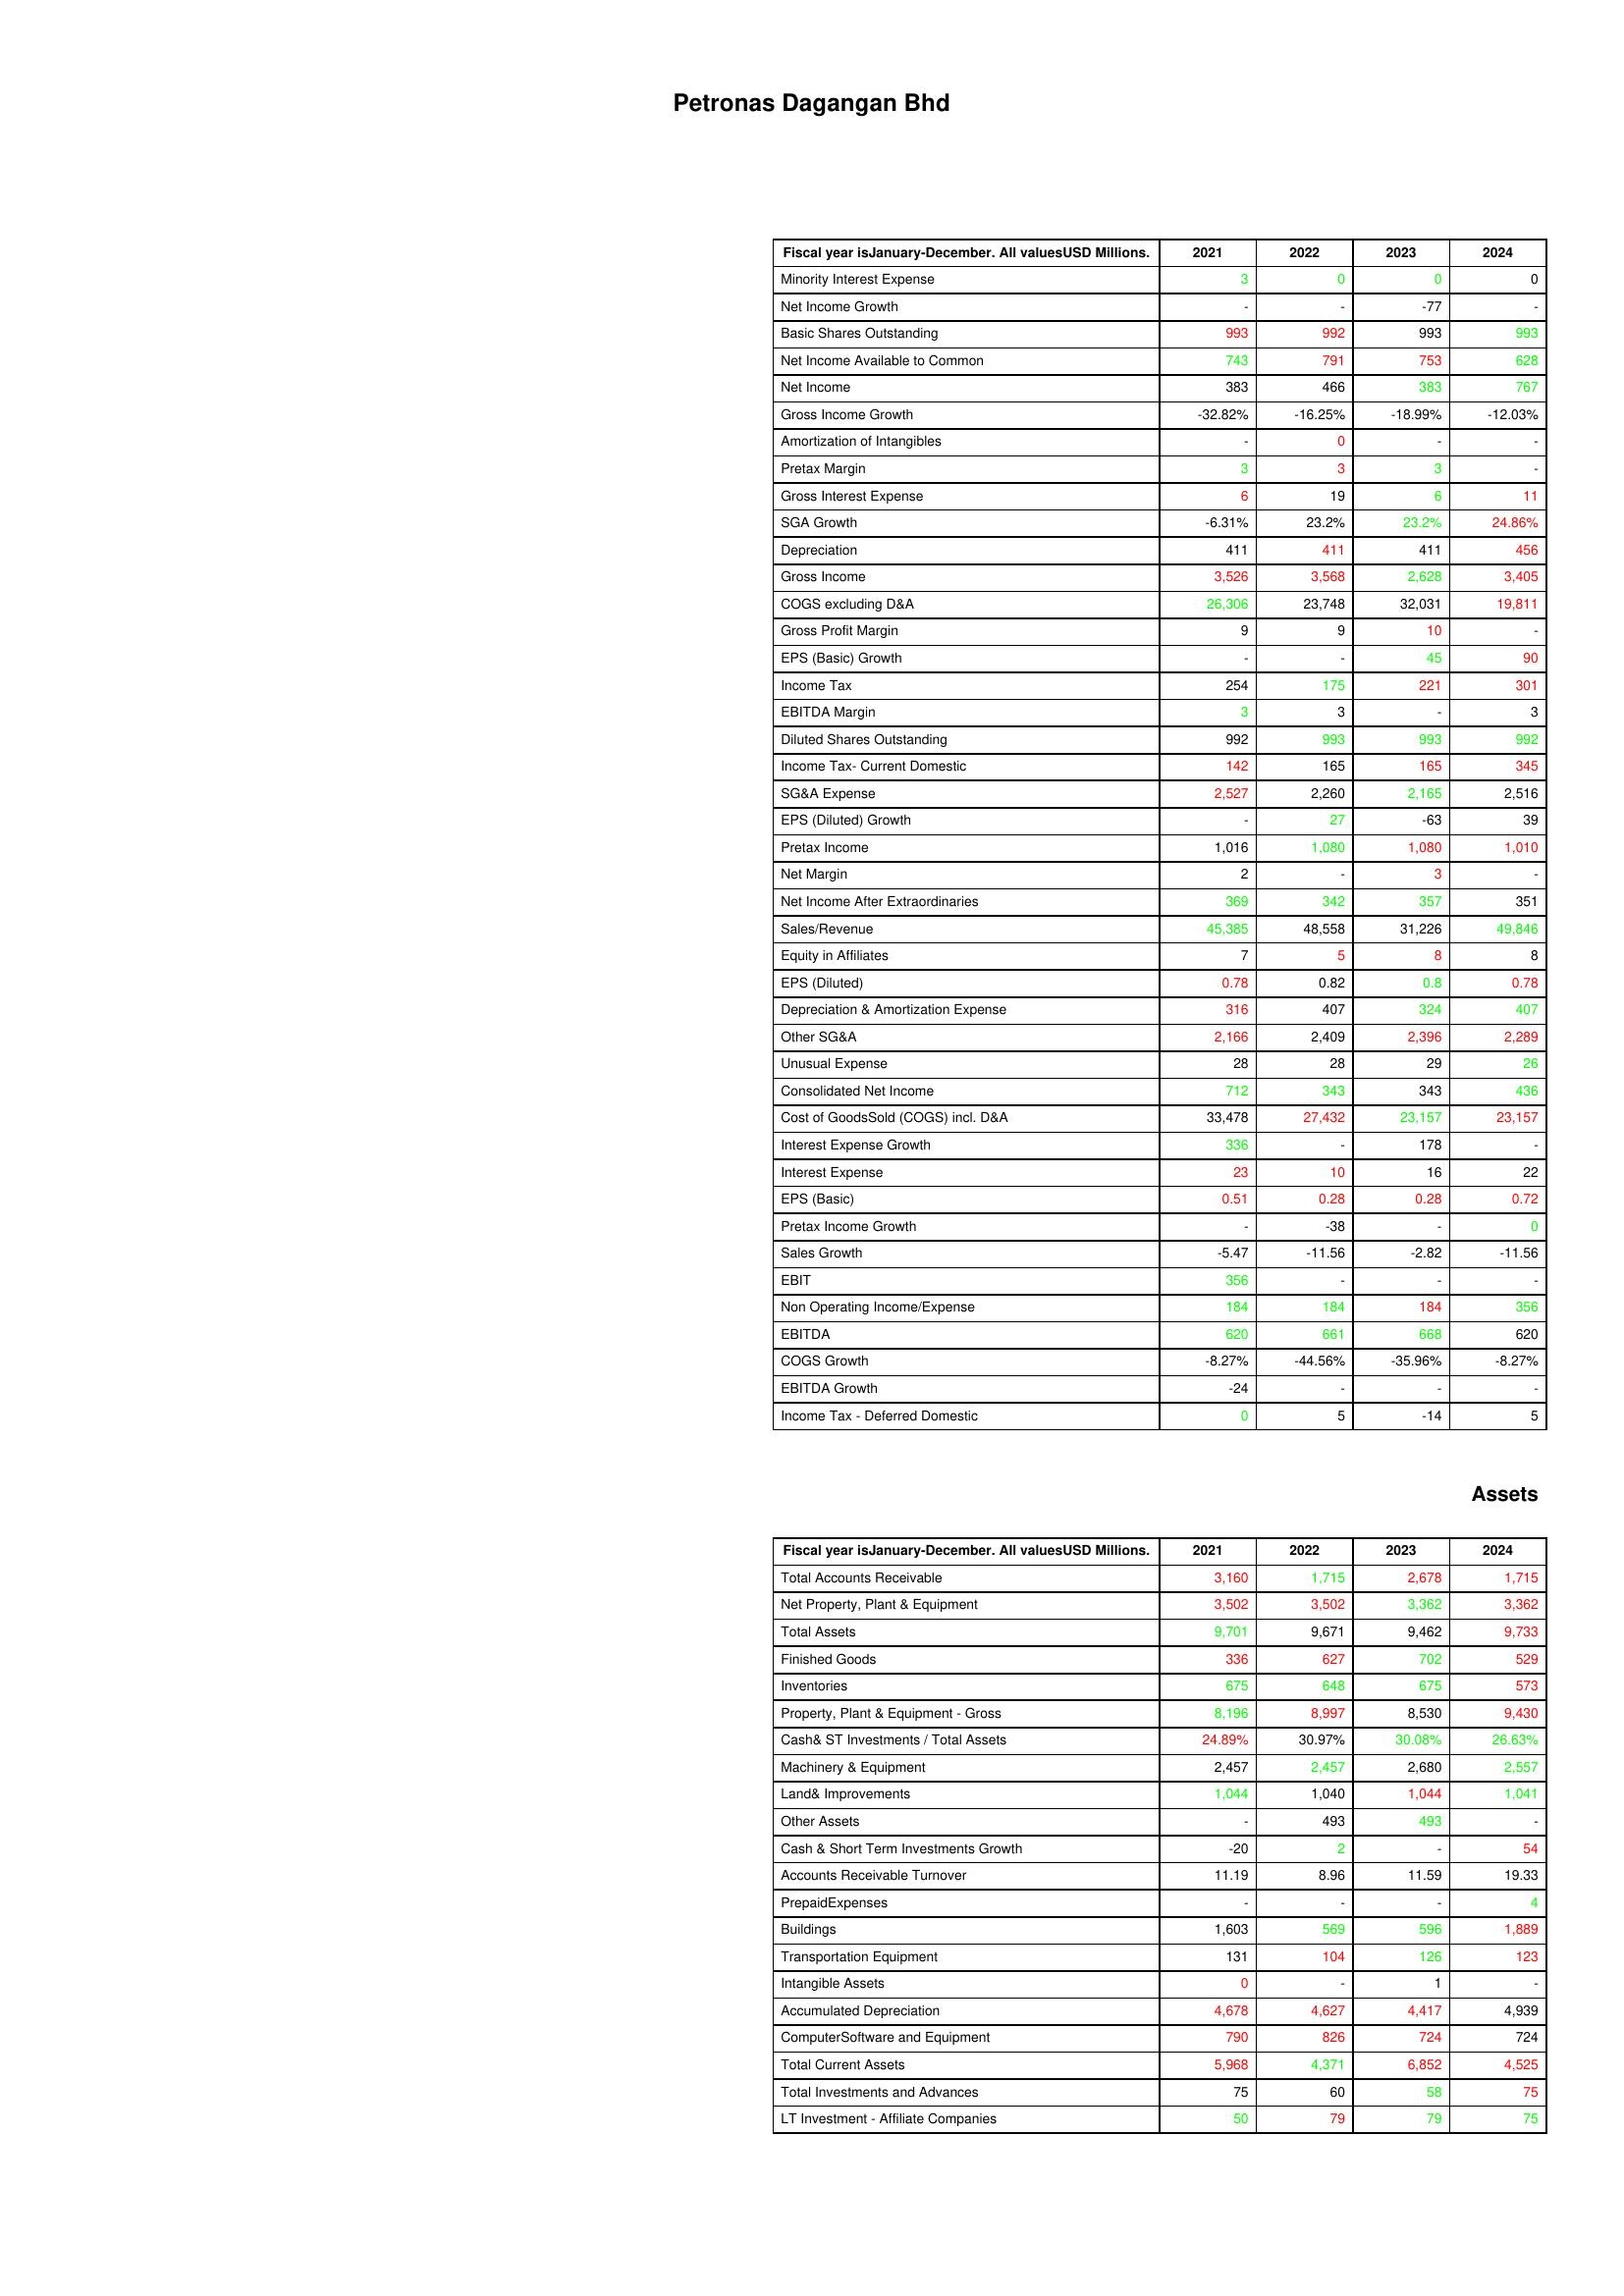
gt_parse: 2021: : Minority Interest Expense: 3
Net Income Growth: -
Basic Shares Outstanding: 993
Net Income Available to Common: 743
Net Income: 383
Gross Income Growth: -32.82%
Amortization of Intangibles: -
Pretax Margin: 3
Gross Interest Expense: 6
SGA Growth: -6.31%
Depreciation: 411
Gross Income: 3,526
COGS excluding D&A: 26,306
Gross Profit Margin: 9
EPS (Basic) Growth: -
Income Tax: 254
EBITDA Margin: 3
Diluted Shares Outstanding: 992
Income Tax- Current Domestic: 142
SG&A Expense: 2,527
EPS (Diluted) Growth: -
Pretax Income: 1,016
Net Margin: 2
Net Income After Extraordinaries: 369
Sales/Revenue: 45,385
Equity in Affiliates: 7
EPS (Diluted): 0.78
Depreciation & Amortization Expense: 316
Other SG&A: 2,166
Unusual Expense: 28
Consolidated Net Income: 712
Cost of GoodsSold (COGS) incl. D&A: 33,478
Interest Expense Growth: 336
Interest Expense: 23
EPS (Basic): 0.51
Pretax Income Growth: -
Sales Growth: -5.47
EBIT: 356
Non Operating Income/Expense: 184
EBITDA: 620
COGS Growth: -8.27%
EBITDA Growth: -24
Income Tax - Deferred Domestic: 0
Assets: Total Accounts Receivable: 3,160
Net Property, Plant & Equipment: 3,502
Total Assets: 9,701
Finished Goods: 336
Inventories: 675
Property, Plant & Equipment - Gross : 8,196
Cash& ST Investments / Total Assets: 24.89%
Machinery & Equipment: 2,457
Land& Improvements: 1,044
Other Assets: -
Cash & Short Term Investments Growth: -20
Accounts Receivable Turnover: 11.19
PrepaidExpenses: -
Buildings: 1,603
Transportation Equipment: 131
Intangible Assets: 0
Accumulated Depreciation: 4,678
ComputerSoftware and Equipment: 790
Total Current Assets: 5,968
Total Investments and Advances: 75
LT Investment - Affiliate Companies: 50
2022: : Minority Interest Expense: 0
Net Income Growth: -
Basic Shares Outstanding: 992
Net Income Available to Common: 791
Net Income: 466
Gross Income Growth: -16.25%
Amortization of Intangibles: 0
Pretax Margin: 3
Gross Interest Expense: 19
SGA Growth: 23.2%
Depreciation: 411
Gross Income: 3,568
COGS excluding D&A: 23,748
Gross Profit Margin: 9
EPS (Basic) Growth: -
Income Tax: 175
EBITDA Margin: 3
Diluted Shares Outstanding: 993
Income Tax- Current Domestic: 165
SG&A Expense: 2,260
EPS (Diluted) Growth: 27
Pretax Income: 1,080
Net Margin: -
Net Income After Extraordinaries: 342
Sales/Revenue: 48,558
Equity in Affiliates: 5
EPS (Diluted): 0.82
Depreciation & Amortization Expense: 407
Other SG&A: 2,409
Unusual Expense: 28
Consolidated Net Income: 343
Cost of GoodsSold (COGS) incl. D&A: 27,432
Interest Expense Growth: -
Interest Expense: 10
EPS (Basic): 0.28
Pretax Income Growth: -38
Sales Growth: -11.56
EBIT: -
Non Operating Income/Expense: 184
EBITDA: 661
COGS Growth: -44.56%
EBITDA Growth: -
Income Tax - Deferred Domestic: 5
Assets: Total Accounts Receivable: 1,715
Net Property, Plant & Equipment: 3,502
Total Assets: 9,671
Finished Goods: 627
Inventories: 648
Property, Plant & Equipment - Gross : 8,997
Cash& ST Investments / Total Assets: 30.97%
Machinery & Equipment: 2,457
Land& Improvements: 1,040
Other Assets: 493
Cash & Short Term Investments Growth: 2
Accounts Receivable Turnover: 8.96
PrepaidExpenses: -
Buildings: 569
Transportation Equipment: 104
Intangible Assets: -
Accumulated Depreciation: 4,627
ComputerSoftware and Equipment: 826
Total Current Assets: 4,371
Total Investments and Advances: 60
LT Investment - Affiliate Companies: 79
2023: : Minority Interest Expense: 0
Net Income Growth: -77
Basic Shares Outstanding: 993
Net Income Available to Common: 753
Net Income: 383
Gross Income Growth: -18.99%
Amortization of Intangibles: -
Pretax Margin: 3
Gross Interest Expense: 6
SGA Growth: 23.2%
Depreciation: 411
Gross Income: 2,628
COGS excluding D&A: 32,031
Gross Profit Margin: 10
EPS (Basic) Growth: 45
Income Tax: 221
EBITDA Margin: -
Diluted Shares Outstanding: 993
Income Tax- Current Domestic: 165
SG&A Expense: 2,165
EPS (Diluted) Growth: -63
Pretax Income: 1,080
Net Margin: 3
Net Income After Extraordinaries: 357
Sales/Revenue: 31,226
Equity in Affiliates: 8
EPS (Diluted): 0.8
Depreciation & Amortization Expense: 324
Other SG&A: 2,396
Unusual Expense: 29
Consolidated Net Income: 343
Cost of GoodsSold (COGS) incl. D&A: 23,157
Interest Expense Growth: 178
Interest Expense: 16
EPS (Basic): 0.28
Pretax Income Growth: -
Sales Growth: -2.82
EBIT: -
Non Operating Income/Expense: 184
EBITDA: 668
COGS Growth: -35.96%
EBITDA Growth: -
Income Tax - Deferred Domestic: -14
Assets: Total Accounts Receivable: 2,678
Net Property, Plant & Equipment: 3,362
Total Assets: 9,462
Finished Goods: 702
Inventories: 675
Property, Plant & Equipment - Gross : 8,530
Cash& ST Investments / Total Assets: 30.08%
Machinery & Equipment: 2,680
Land& Improvements: 1,044
Other Assets: 493
Cash & Short Term Investments Growth: -
Accounts Receivable Turnover: 11.59
PrepaidExpenses: -
Buildings: 596
Transportation Equipment: 126
Intangible Assets: 1
Accumulated Depreciation: 4,417
ComputerSoftware and Equipment: 724
Total Current Assets: 6,852
Total Investments and Advances: 58
LT Investment - Affiliate Companies: 79
2024: : Minority Interest Expense: 0
Net Income Growth: -
Basic Shares Outstanding: 993
Net Income Available to Common: 628
Net Income: 767
Gross Income Growth: -12.03%
Amortization of Intangibles: -
Pretax Margin: -
Gross Interest Expense: 11
SGA Growth: 24.86%
Depreciation: 456
Gross Income: 3,405
COGS excluding D&A: 19,811
Gross Profit Margin: -
EPS (Basic) Growth: 90
Income Tax: 301
EBITDA Margin: 3
Diluted Shares Outstanding: 992
Income Tax- Current Domestic: 345
SG&A Expense: 2,516
EPS (Diluted) Growth: 39
Pretax Income: 1,010
Net Margin: -
Net Income After Extraordinaries: 351
Sales/Revenue: 49,846
Equity in Affiliates: 8
EPS (Diluted): 0.78
Depreciation & Amortization Expense: 407
Other SG&A: 2,289
Unusual Expense: 26
Consolidated Net Income: 436
Cost of GoodsSold (COGS) incl. D&A: 23,157
Interest Expense Growth: -
Interest Expense: 22
EPS (Basic): 0.72
Pretax Income Growth: 0
Sales Growth: -11.56
EBIT: -
Non Operating Income/Expense: 356
EBITDA: 620
COGS Growth: -8.27%
EBITDA Growth: -
Income Tax - Deferred Domestic: 5
Assets: Total Accounts Receivable: 1,715
Net Property, Plant & Equipment: 3,362
Total Assets: 9,733
Finished Goods: 529
Inventories: 573
Property, Plant & Equipment - Gross : 9,430
Cash& ST Investments / Total Assets: 26.63%
Machinery & Equipment: 2,557
Land& Improvements: 1,041
Other Assets: -
Cash & Short Term Investments Growth: 54
Accounts Receivable Turnover: 19.33
PrepaidExpenses: 4
Buildings: 1,889
Transportation Equipment: 123
Intangible Assets: -
Accumulated Depreciation: 4,939
ComputerSoftware and Equipment: 724
Total Current Assets: 4,525
Total Investments and Advances: 75
LT Investment - Affiliate Companies: 75